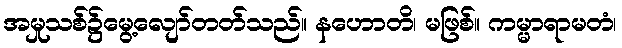
အမှုသစ်၌မွေ့လျော်တတ်သည်။ နဟောတိ၊ မဖြစ်။ ကမ္မာရာမတံ၊